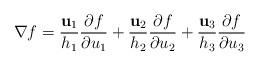
LaTeX: \begin{align*}\nabla f=\frac{\mathbf{u}_{1}}{h_{1}}\frac{\partial f}{\partial u_{1}}+\frac{\mathbf{u}_{2}}{h_{2}}\frac{\partial f}{\partial u_{2}}+\frac{\mathbf{u}_{3}}{h_{3}}\frac{\partial f}{\partial u_{3}}\end{align*}